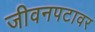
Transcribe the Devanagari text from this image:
जीवनपटावर